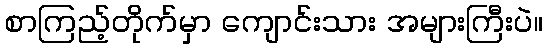
စာကြည့်တိုက်မှာ ကျောင်းသား အများကြီးပဲ။